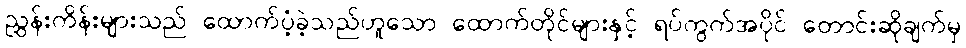
ညွှန်းကိန်းများသည် ထောက်ပံ့ခဲ့သည်ဟူသော ထောက်တိုင်များနှင့် ရပ်ကွက်အပိုင် တောင်းဆိုချက်မှ